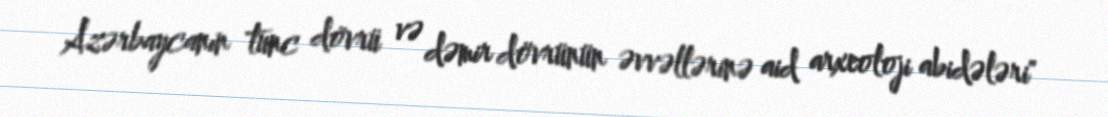
Azərbaycanın tunc dövrü və dəmir dövrünün əvvəllərinə aid arxeoloji abidələri"